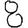
Digit: 8